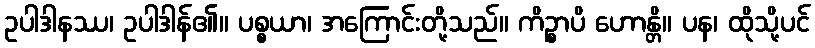
ဥပါဒါနဿ၊ ဥပါဒါန်၏။ ပစ္စယာ၊ အကြောင်းတို့သည်။ ကိဉ္စာပိ ဟောန္တိ။ ပန၊ ထိုသို့ပင်